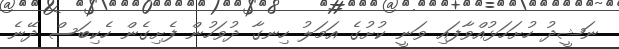
ނަޝީދު ހުށަހަޅުއްވާފައި ވަނީ ކުށުގެ އަމަލު ހިނގާ ދުވަހުން ފެށިގެން ހެކިބަސް ދޭނެ